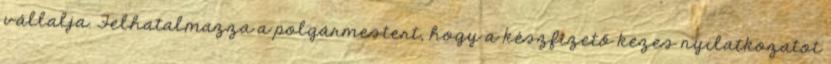
vállalja. Felhatalmazza a polgármestert, hogy a készfizető kezes nyilatkozatot